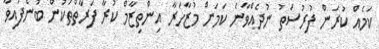
ކަމެއް ކުރަން ފުރުސަތު ނުދެއްވާނެ ކަމަށް މުޒާހަރާ އިންތިޒާމް ކުރާ ފަރާތްތަކުން ބުނެފައިވާ